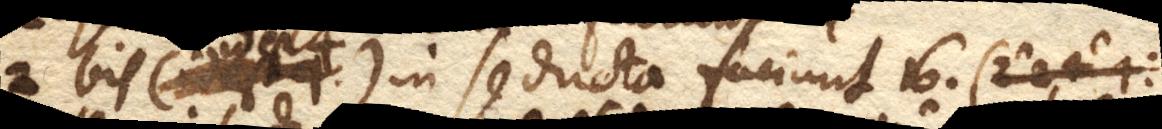
2 bis in se ducta faciunt 16.